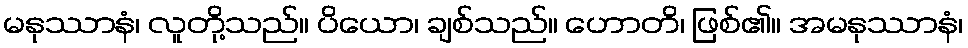
မနုဿာနံ၊ လူတို့သည်။ ပိယော၊ ချစ်သည်။ ဟောတိ၊ ဖြစ်၏။ အမနုဿာနံ၊